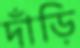
দাঁড়ি